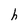
Character: h